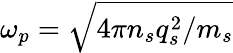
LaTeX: \omega_{p}=\sqrt{4\pi n_{s}q_{s}^{2}/m_{s}}